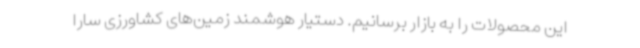
این محصولات را به بازار برسانیم. دستیار هوشمند زمین‌های کشاورزی سارا